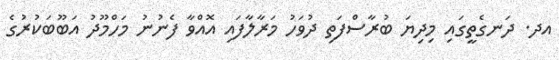
އދ. ދަނގެތީގައި މިދިޔަ ބުރާސްފަތި ދުވަހު މަރާލާފައި އޮއްވާ ފެނުނު މަހްމޫދު އަބޫބަކުރުގެ